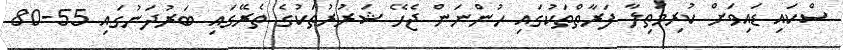
ސްކައި ޑައިވަށް ކުރިމަތިލާ ފަރާތްތަކުގައި ހުންނަން ޖެހޭ ޝަރުރުތަކުގެ ތެރޭގައި ބަރުދަނުގައި 55-80